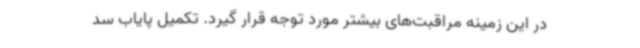
در این زمینه مراقبت‌های بیشتر مورد توجه قرار گیرد. تکمیل پایاب سد